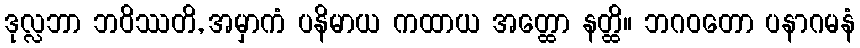
ဒုလ္လဘာ ဘဝိဿတိ, အမှာကံ ပနိမာယ ကထာယ အတ္ထော နတ္ထိ။ ဘဂဝတော ပနာဂမနံ